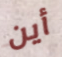
أين